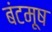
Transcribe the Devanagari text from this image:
बंटमूष